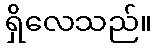
ရှိလေသည်။